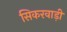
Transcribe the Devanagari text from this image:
सिकरवाड़ी